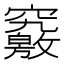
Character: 𥨶